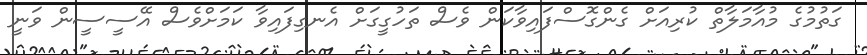
ގަތުމުގެ މުއާމަލާތް ކުރިއަށް ގެންގޮސްފައިވާކަން ވެސް ތަހުގީގަށް އެނގިފައިވާ ކަމަށްވެސް އޭސީސީން ވަނީ